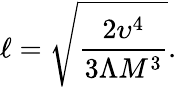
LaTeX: \ell=\sqrt{\frac{2\upsilon^{4}}{3\Lambda M^{3}}}.